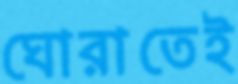
ঘোরাতেই